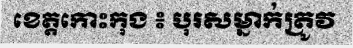
ខេត្តកោះកុង ៖ បុរសម្នាក់ត្រូវ